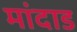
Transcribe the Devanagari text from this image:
मांदाड